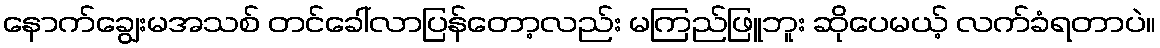
နောက်ချွေးမအသစ် တင်ခေါ်လာပြန်တော့လည်း မကြည်ဖြူဘူး ဆိုပေမယ့် လက်ခံရတာပဲ။